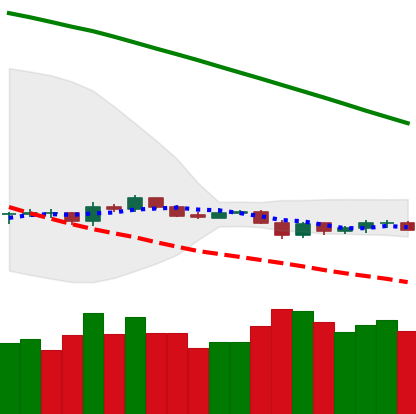
Ticker: LTC-USD
Chart end date: 2019-10-22
Forward return: 11.48%
Label: up_7plus